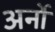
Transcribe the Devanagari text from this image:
अर्नो